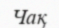
Чақ